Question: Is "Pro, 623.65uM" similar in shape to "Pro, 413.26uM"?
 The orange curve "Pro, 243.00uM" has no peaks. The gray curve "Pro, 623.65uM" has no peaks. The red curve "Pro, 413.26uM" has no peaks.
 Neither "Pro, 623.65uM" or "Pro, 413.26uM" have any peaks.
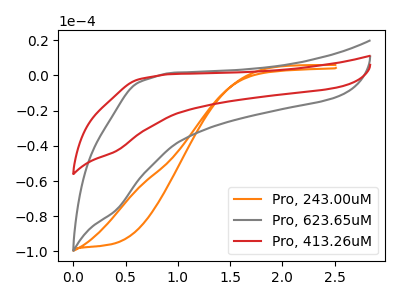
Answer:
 <answer>"Pro, 623.65uM" and "Pro, 413.26uM" are similar in shape.</answer>
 <eval>same_shape</eval>